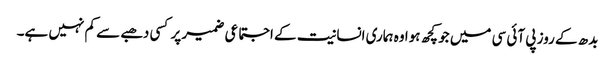
بدھ کے روز پی آئی سی میں جو کچھ ہوا وہ ہماری انسانیت کے اجتماعی ضمیر پر کسی دھبے سے کم نہیں ہے۔